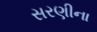
સરણીના